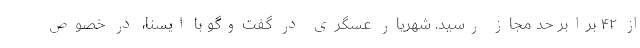
از ۴۲ برابر حد مجاز رسید. شهریار عسگری در گفت‌وگو با ایسنا، در خصوص